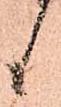
候